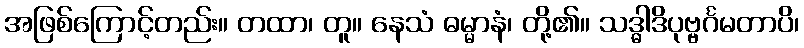
အဖြစ်ကြောင့်တည်း။ တထာ၊ တူ။ နေသံ ဓမ္မာနံ၊ တို့၏။ သဒ္ဓါဒိပုဗ္ဗင်္ဂမတာပိ၊